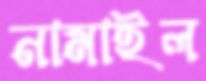
নামাইল